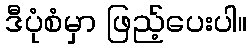
ဒီပုံစံမှာ ဖြည့်ပေးပါ။